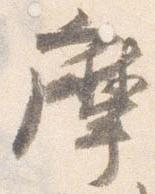
摩